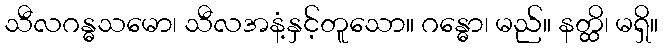
သီလဂန္ဓသမော၊ သီလအနံ့နှင့်တူသော။ ဂန္ဓော၊ မည်။ နတ္ထိ၊ မရှိ။